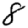
Digit: 8